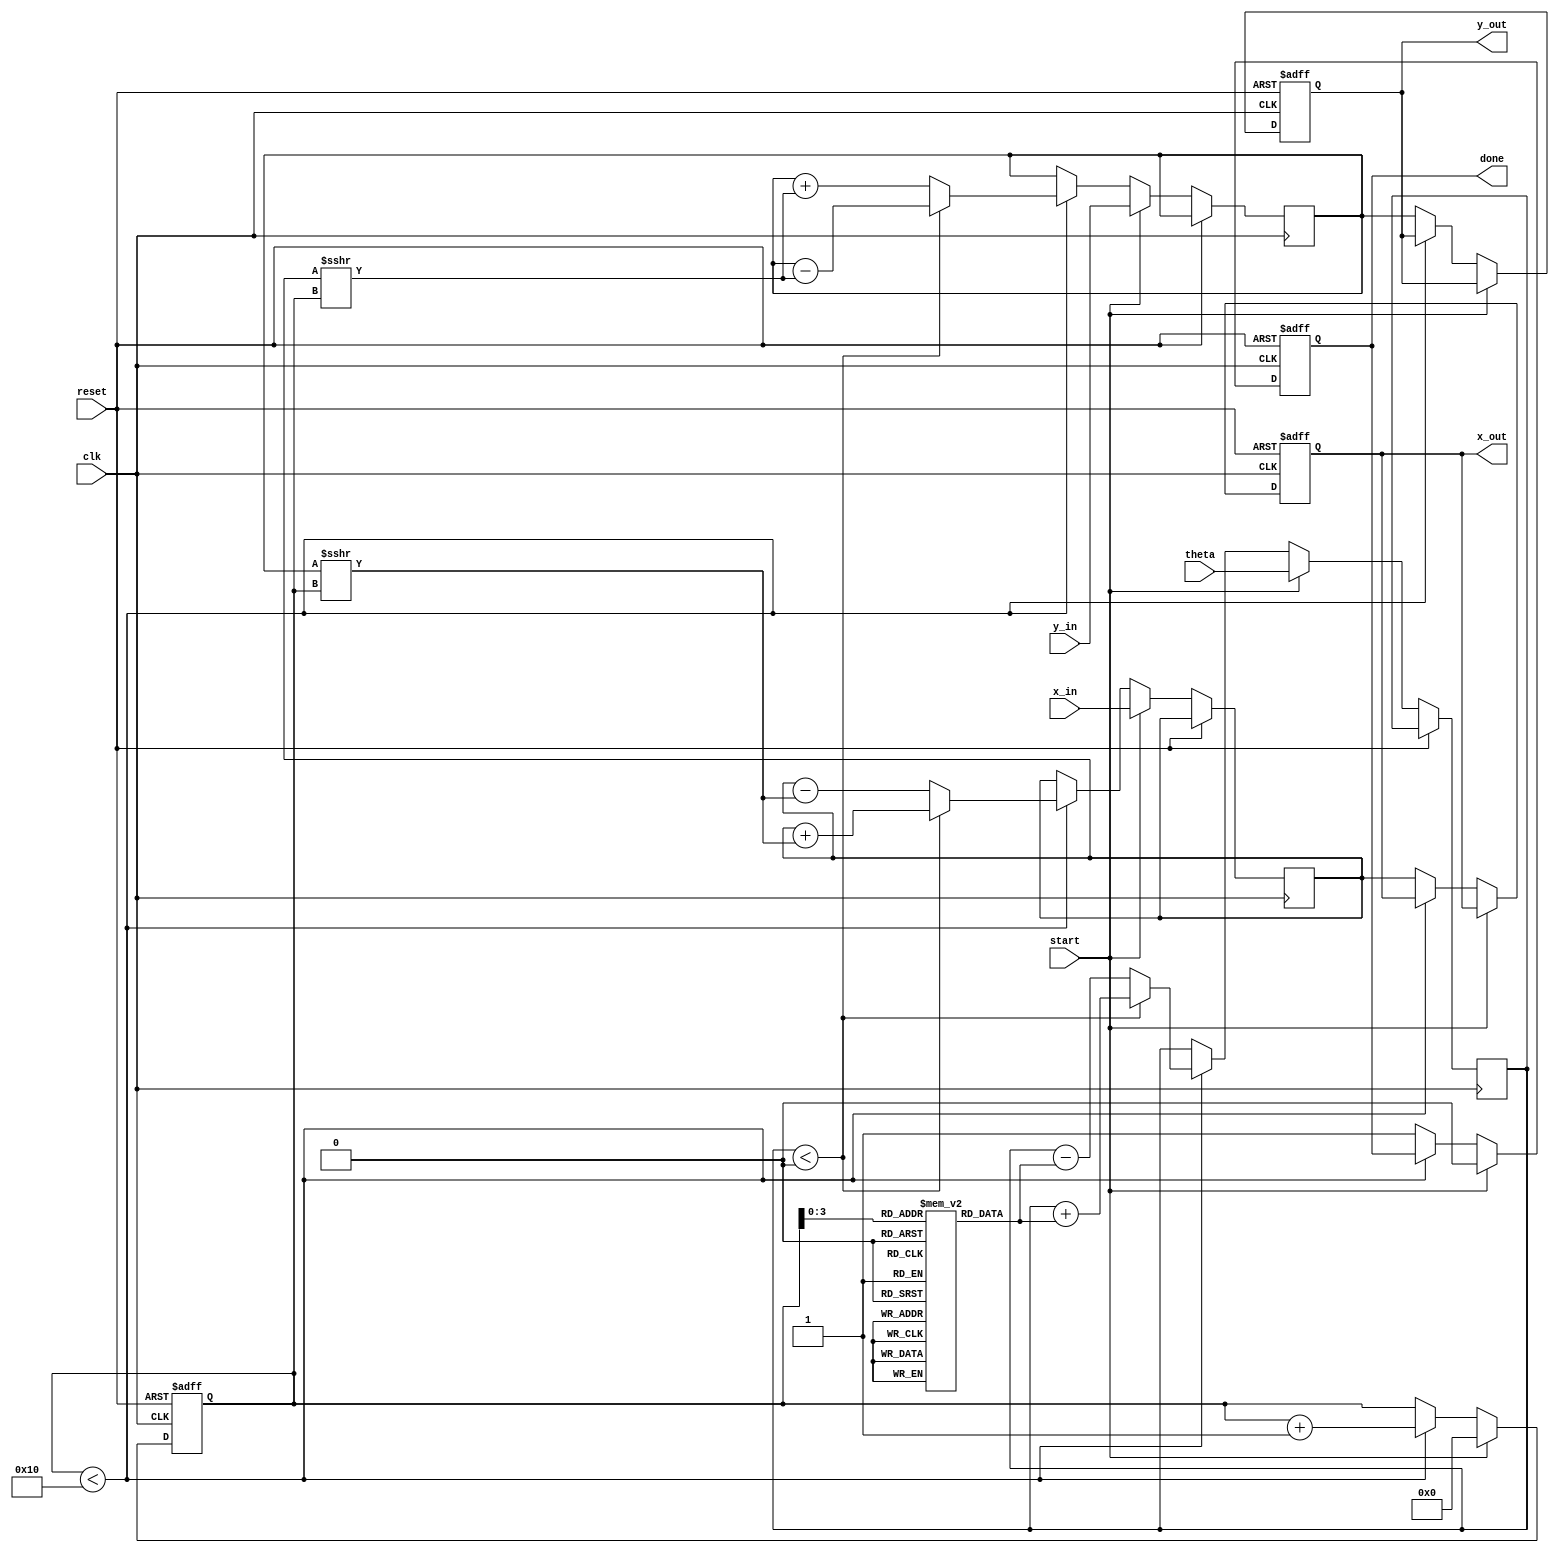
module cordic_fixed_point #(
    parameter WIDTH = 16, // Total bit-width
    parameter FRACTIONAL_BITS = 12, // Number of fractional bits
    parameter ITERATIONS = 16 // Number of CORDIC iterations
)(
    input wire clk,
    input wire reset,
    input wire start,
    input wire signed [WIDTH-1:0] theta, // Input angle in fixed-point
    input wire signed [WIDTH-1:0] x_in, // Initial x vector
    input wire signed [WIDTH-1:0] y_in, // Initial y vector
    output reg signed [WIDTH-1:0] x_out, // Output x vector
    output reg signed [WIDTH-1:0] y_out, // Output y vector
    output reg done // Indicates computation is complete
);

    // CORDIC angle lookup table (arctan(2^-i)), fixed-point representation
    reg signed [WIDTH-1:0] atan_table [0:ITERATIONS-1];
    
    initial begin
        atan_table[0] = 16'h2000; // atan(1) = 0.785398 = 0.5 * 2^12
        atan_table[1] = 16'h1000; // atan(1/2) = 0.463648
        atan_table[2] = 16'h0800; // atan(1/4) = 0.244978
        atan_table[3] = 16'h0400; // atan(1/8) = 0.124389
        atan_table[4] = 16'h0200; // atan(1/16) = 0.062418
        atan_table[5] = 16'h0100; // atan(1/32) = 0.031240
        atan_table[6] = 16'h0080; // atan(1/64) = 0.015625
        atan_table[7] = 16'h0040; // atan(1/128) = 0.007812
        atan_table[8] = 16'h0020; // atan(1/256) = 0.003906
        atan_table[9] = 16'h0010; // atan(1/512) = 0.001953
        atan_table[10] = 16'h0008; // atan(1/1024) = 0.000976
        atan_table[11] = 16'h0004; // atan(1/2048) = 0.000488
        atan_table[12] = 16'h0002; // atan(1/4096) = 0.000244
        atan_table[13] = 16'h0001; // atan(1/8192) = 0.000122
        atan_table[14] = 16'h0001; // atan(1/16384) = 0.000061
        atan_table[15] = 16'h0001; // atan(1/32768) = 0.000030
    end

    reg [4:0] count; // Iteration counter
    reg signed [WIDTH-1:0] x_reg, y_reg, z_reg; // Registers for x, y, z
    
    always @(posedge clk or posedge reset) begin
        if (reset) begin
            x_out <= 0;
            y_out <= 0;
            done <= 0;
            count <= 0;
        end else if (start) begin
            // Initialize state
            x_reg <= x_in;
            y_reg <= y_in;
            z_reg <= theta;
            count <= 0;
            done <= 0;
        end else if (count < ITERATIONS) begin
            // CORDIC rotation logic
            if (z_reg < 0) begin
                // Rotate clockwise
                x_reg <= x_reg + (y_reg >>> count);
                y_reg <= y_reg - (x_reg >>> count);
                z_reg <= z_reg + atan_table[count];
            end else begin
                // Rotate counter-clockwise
                x_reg <= x_reg - (y_reg >>> count);
                y_reg <= y_reg + (x_reg >>> count);
                z_reg <= z_reg - atan_table[count];
            end
            count <= count + 1;
        end else begin
            // Output results
            x_out <= x_reg;
            y_out <= y_reg;
            done <= 1;
        end
    end
endmodule